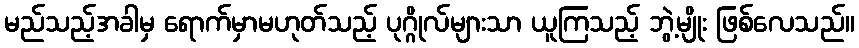
မည်သည့်အခါမှ ရောက်မှာမဟုတ်သည့် ပုဂ္ဂိုလ်များသာ ယူကြသည့် ဘွဲ့မျိုး ဖြစ်လေသည်။